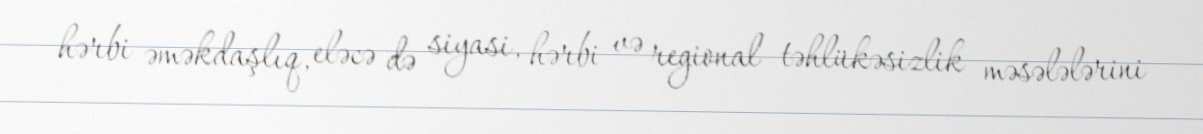
hərbi əməkdaşlıq, eləcə də siyasi, hərbi və regional təhlükəsizlik məsələlərini